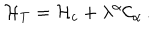
{ \cal H } _ { T } = { \cal H } _ { c } + \lambda ^ { \alpha } { \cal C } _ { \alpha } \, .